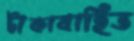
টাকাবাহিত